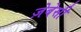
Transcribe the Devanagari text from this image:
ज़ेबेसी